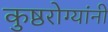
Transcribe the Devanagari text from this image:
कुष्ठरोग्यांनी